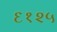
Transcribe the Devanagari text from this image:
६१२५